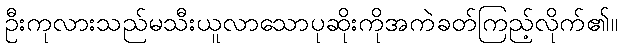
ဦးကုလားသည်မသီးယူလာသောပုဆိုးကိုအကဲခတ်ကြည့်လိုက်၏။